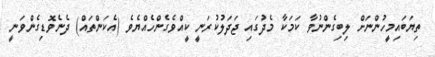
ތިޔަބައިމީހުންނަށް ލިބިގެންނުވާ ކަމަކާ މެދުގައި ޖަދަލުކުރަނީ ކީއްވެގެންހެއްޔެވެ (އެކަންތައް) ދެނެވޮޑިގެންވަނީ